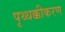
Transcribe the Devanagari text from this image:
पृथ्थक्कीकरण